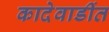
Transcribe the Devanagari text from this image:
कादेवाडींत